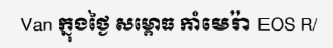
Van ក្នុងថ្ងៃ សម្ពោធ កាំមេរ៉ា EOS R/